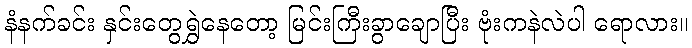
နံနက်ခင်း နှင်းတွေရွှဲနေတော့ မြင်းကြီးခွာချောပြီး ဗုံးကနဲလဲပါ ရောလား။